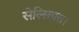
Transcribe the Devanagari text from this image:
सेल्सियस।